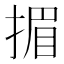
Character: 𢰲